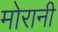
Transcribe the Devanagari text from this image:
मोरानी